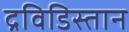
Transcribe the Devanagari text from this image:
द्रविडिस्तान